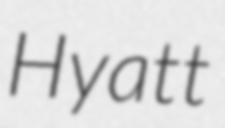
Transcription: Hyatt